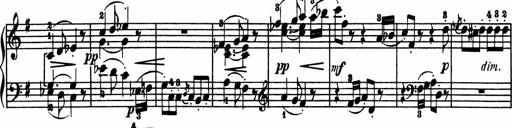
Title: Sonatina in G major
Composer: Friedrich Kuhlau
Key: G major